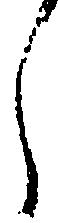
し